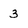
Character: 3